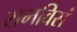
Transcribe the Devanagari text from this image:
रामविसं